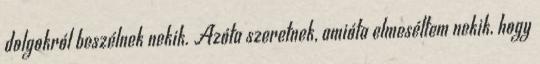
dolgokról beszélnek nekik. Azóta szeretnek, amióta elmeséltem nekik, hogy